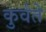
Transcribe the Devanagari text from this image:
कुर्वते